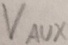
Text: VAUX